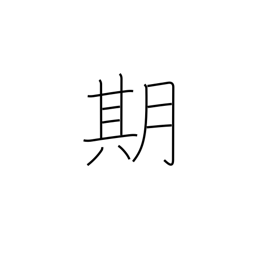
Meaning: time